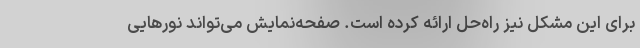
برای این مشکل نیز راه‌حل ارائه کرده است. صفحه‌نمایش می‌تواند نورهایی